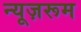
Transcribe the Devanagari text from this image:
न्यूज़रूम